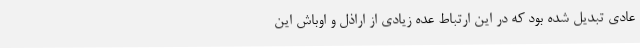
عادی تبدیل شده بود که در این ارتباط عده زیادی از اراذل و اوباش این